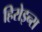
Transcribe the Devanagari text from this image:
हिरोइन्स